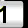
Digit: 1